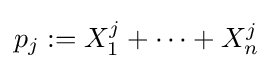
p_{j}:=X_{1}^{j}+\cdots +X_{n}^{j}